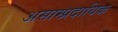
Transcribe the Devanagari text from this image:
असाम्प्रदायिक